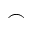
\frown